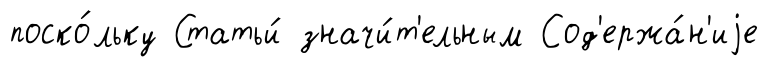
поско́льку Статьи́ значи́т'ельным Сод'ержа́н'иjе